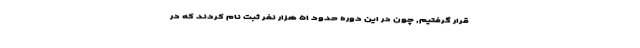
قرار گرفتیم, چون در این دوره حدود ۵۱ هزار نفر ثبت نام کردند که در